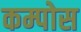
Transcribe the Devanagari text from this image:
कम्पोस